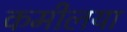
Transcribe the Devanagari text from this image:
कमीलया